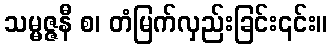
သမ္မဇ္ဇနီ စ၊ တံမြက်လှည်းခြင်း၎င်း။